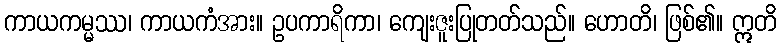
ကာယကမ္မဿ၊ ကာယကံအား။ ဥပကာရိကာ၊ ကျေးဇူးပြုတတ်သည်။ ဟောတိ၊ ဖြစ်၏။ ဣတိ